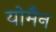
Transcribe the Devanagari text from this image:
योमैन